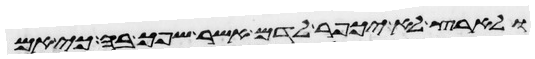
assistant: ולארץ לא יכפר לדם אשר שפך בה כי אם